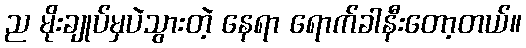
ည မိုးချုပ်မှပဲသွားတဲ့ နေရာ ရောက်ခါနီးတော့တယ်။